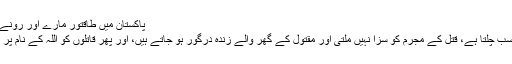
پاکستان میں طاقتور مارے اور رونے بھی نہ دے - ہم سب
یہ پاکستان ہے، یہاں سب چلتا ہے، قتل کے مجرم کو سزا نہیں ملتی اور مقتول کے گھر والے زندہ درگور ہو جاتے ہیں، اور پھر قاتلوں کو اللہ کے نام پر معاف کردیا جاتا ہے۔